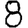
Digit: 8